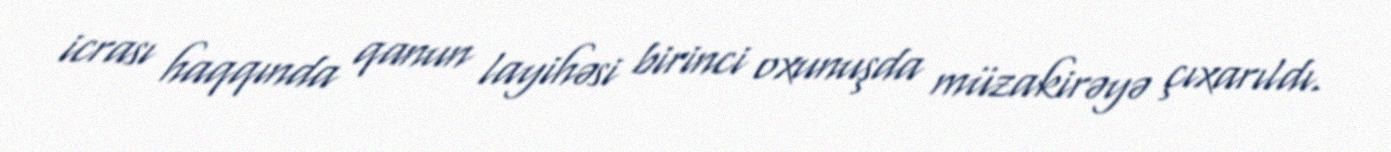
icrası haqqında qanun layihəsi birinci oxunuşda müzakirəyə çıxarıldı.